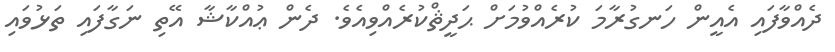
ދެއްވާފައި އެއީން ހަނގުރާމަ ކުރެއްވުމަށް ޙަދީޘްކުރެއްވިއެވެ. ދެން ޢުއްކާޝާ އޭތި ނަގާފައި ތަޅުވައި